Newspaper: The Roanoke times. [volume]
Place of publication: Roanoke, Va.
Publisher: Roanoke Times Pub. Co.
Date: 1890-12-10 00:00:00
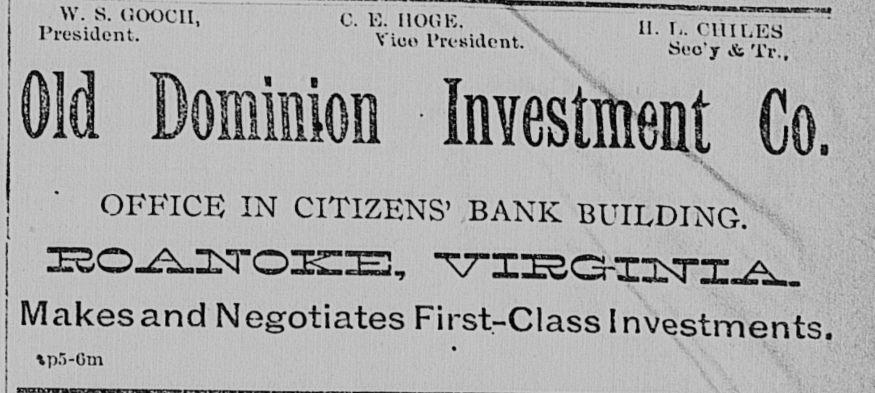
Advertisement text (OCR):
W. S. hooch, President. C. 13. HOC E, Vice President. h. r.. chiles Suo'y & Tr., mm i OFFICE IN CITIZENS' BANK BUILDING. Makes and Negotiates First-Class Investments. \p5-0m
Label: text-only